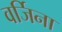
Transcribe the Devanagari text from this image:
वर्जिना